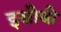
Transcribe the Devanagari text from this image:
इसीबी